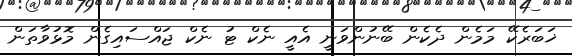
ޚަބަރެކޭ މަމެން ދެކެން ބޭނުންވަނީ އެއީ ނެކް ޓު ނެކް ޖައްސައިގެން މޮޅުވާތަން